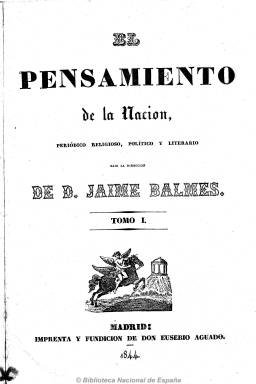
Título: El Pensamiento de la nación
Colección: Periódicos anteriores a 1850
Ámbito geográfico: Madrid
Lugar de publicación: Madrid
Fechas: 07/02/1844-31/12/1846

Periódico redactado casi íntegramente por Jaime Balmes entre 1844 y 1846, representa un exponente de la prensa reflexiva y moderada, de carácter conservador, de gran calidad literaria. Desde sus páginas, Balmes se plantea aspectos como el valor de la prensa en la sociedad de su época y la representatividad de las Cortes o del mundo político. Para él, la España real (el orden social) no es la oficial que se refleja en los medios (el orden político). Un resumen de sus ideas políticas, así como un excelente análisis de la situación española, se encuentra en el último artículo que escribió en el periódico, ¿Por dónde se sale?

Algunas imágenes cedidas por TECNODOC.